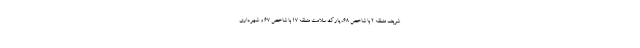
شریف منطقه ۲ با شاخص ۶۸، پارک سلامت منطقه ۱۷ با شاخص ۶۷ و شهرداری